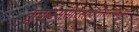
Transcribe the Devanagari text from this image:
तूत्कटसंसारसागरोत्तारणक्षमः